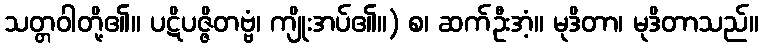
သတ္တဝါတို့၏။ ပဋိပဇ္ဇိတဗ္ဗံ၊ ကျိုးအပ်၏။) စ၊ ဆက်ဦးအံ့။ မုဒိတာ၊ မုဒိတာသည်။